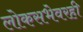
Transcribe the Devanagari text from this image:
लोकसभेवरही